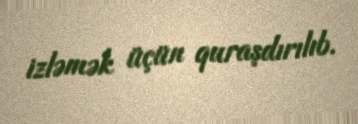
izləmək üçün quraşdırılıb.